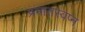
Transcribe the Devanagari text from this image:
प्रभातस्वप्न